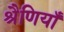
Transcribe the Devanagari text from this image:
श्रैणियाँ